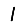
Digit: 1